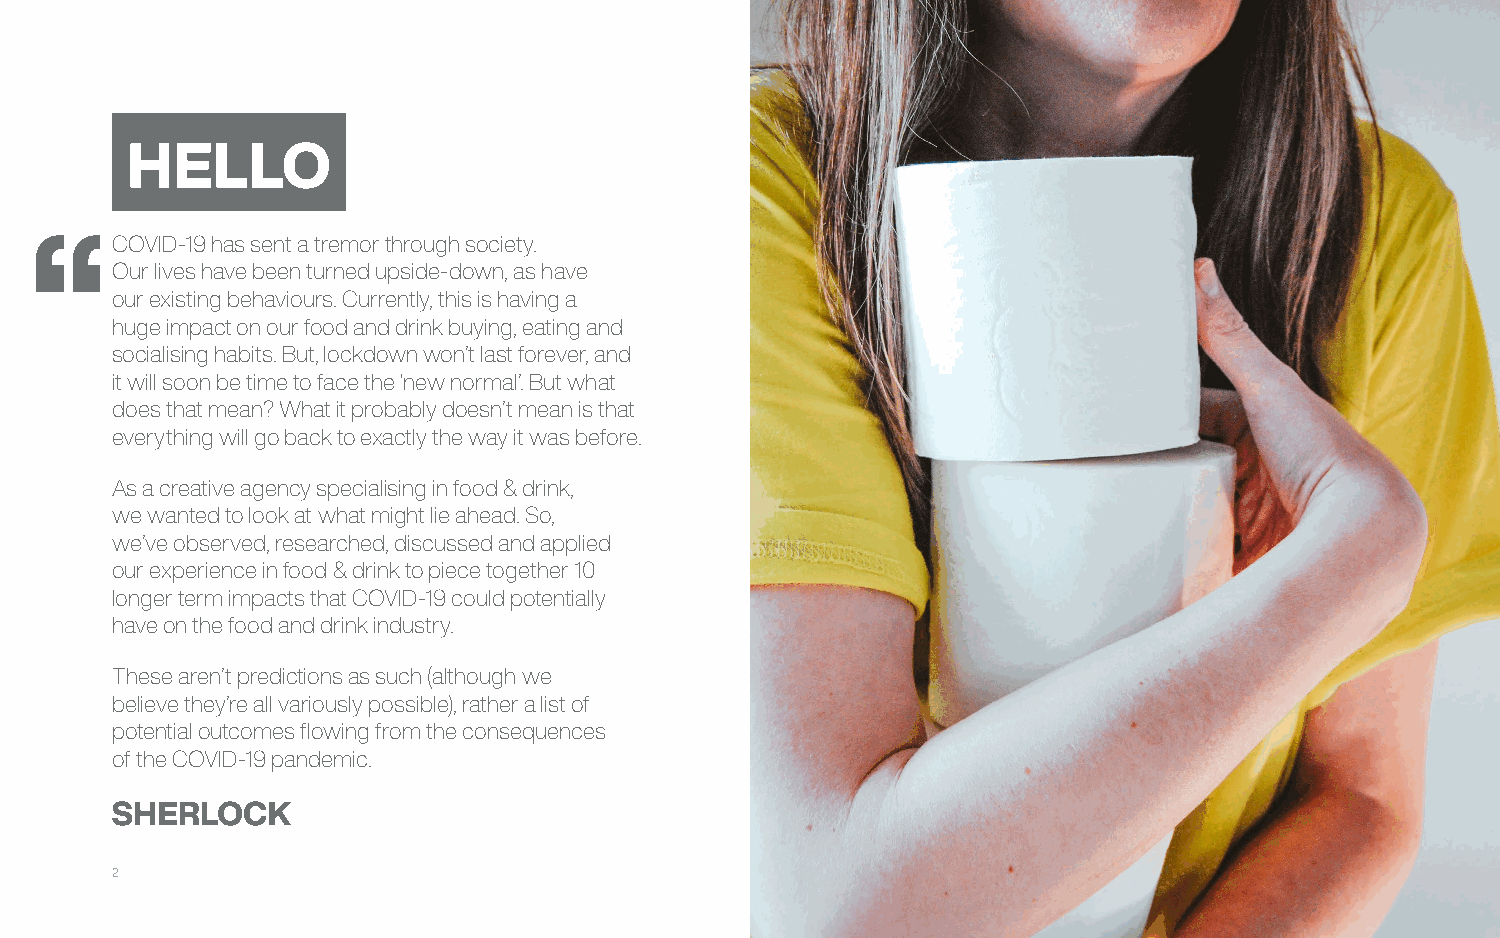
HELLO
 COVID-19 has sent a tremor through society.
 Our lives have been turned upside-down, as have
 our existing behaviours. Currently, this is having a
 huge impact on our food and drink buying, eating and
 socialising habits. But, lockdown won’t last forever, and
 it will soon be time to face the ‘new normal’. But what
 does that mean? What it probably doesn’t mean is that
 everything will go back to exactly the way it was before.
 As a creative agency specialising in food & drink,
 we wanted to look at what might lie ahead. So,
 we’ve observed, researched, discussed and applied
 our experience in food & drink to piece together 10
 longer term impacts that COVID-19 could potentially
 have on the food and drink industry.
 These aren’t predictions as such (although we
 believe they’re all variously possible), rather a list of
 potential outcomes flowing from the consequences
 of the COVID-19 pandemic.
 2